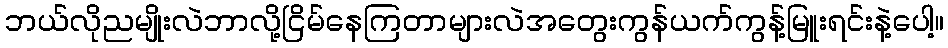
ဘယ်လိုညမျိုးလဲဘာလို့ငြိမ်နေကြတာများလဲအတွေးကွန်ယက်ကွန့်မြူးရင်းနဲ့ပေါ့။